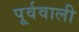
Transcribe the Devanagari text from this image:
पूर्ववाली